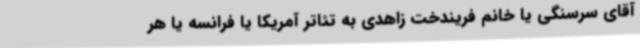
آقای سرسنگی یا خانم فریندخت زاهدی به تئاتر آمریکا یا فرانسه یا هر